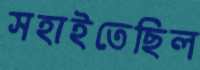
সহাইতেছিল